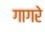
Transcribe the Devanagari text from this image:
गागरे